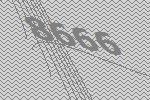
8666